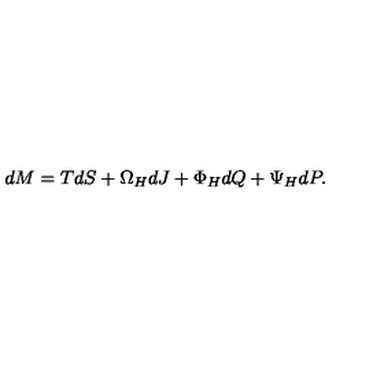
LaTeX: d M = T d S + \Omega _ { H } d J + \Phi _ { H } d Q + \Psi _ { H } d P .